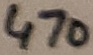
Text: 470